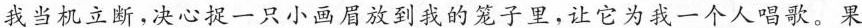
我当机立断，决心捉一只小画眉放到我的笼子里，让它为我一个人唱歌。果